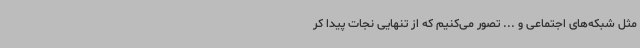
مثل شبکه‌های اجتماعی و ... تصور می‌کنیم که از تنهایی نجات پیدا کر